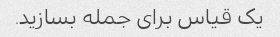
یک قیاس برای جمله بسازید.